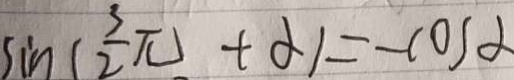
\sin ( \frac { 3 \pi } { 2 } + \alpha ) = - \cos \alpha